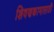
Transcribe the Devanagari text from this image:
शिवणकामासाठी